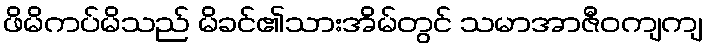
ဖိမိကပ်မိသည် မိခင်၏သားအိမ်တွင် သမာအာဇီဝကျကျ